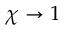
\chi \rightarrow 1